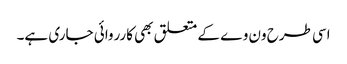
اسی طرح ون وے کے متعلق بھی کارروائی جاری ہے۔